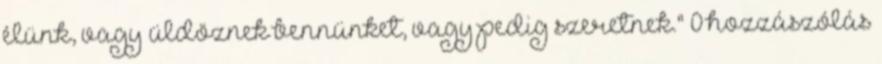
élünk, vagy üldöznek bennünket, vagy pedig szeretnek." 0 hozzászólás